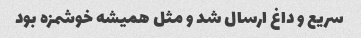
سریع و داغ ارسال شد و مثل همیشه خوشمزه بود